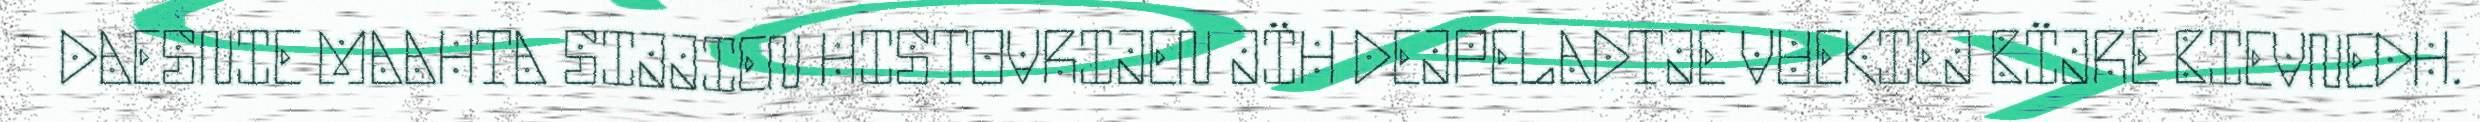
DAESNIE MAAHTA SIJJIEN HISTOVRIJEN JÏH DEJPELADTJE VUEKIEJ BÏJRE BIEVNEDH.